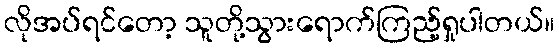
လိုအပ်ရင်တော့ သူတို့သွားရောက်ကြည့်ရှုပါတယ်။